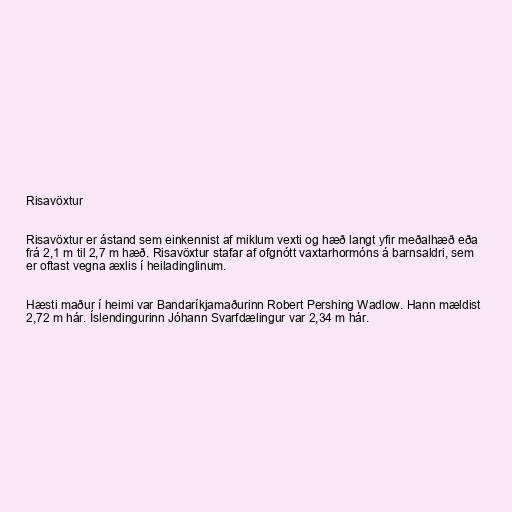
Risavöxtur

Risavöxtur er ástand sem einkennist af miklum vexti og hæð langt yfir meðalhæð eða
frá 2,1 m til 2,7 m hæð. Risavöxtur stafar af ofgnótt vaxtarhormóns á barnsaldri, sem
er oftast vegna æxlis í heiladinglinum.

Hæsti maður í heimi var Bandaríkjamaðurinn Robert Pershing Wadlow. Hann mældist
2,72 m hár. Íslendingurinn Jóhann Svarfdælingur var 2,34 m hár.